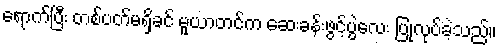
ရောက်ပြီး တစ်ပတ်မရှိခင် မူယာတင်က ဆေးခန်းဖွင့်ပွဲလေး ပြုလုပ်ခဲ့သည်။